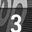
Digit: 3